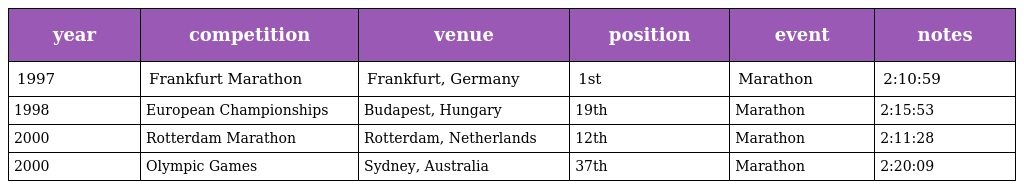
| year | competition | venue | position | event | notes |
 | --- | --- | --- | --- | --- | --- |
 | 1997 | Frankfurt Marathon | Frankfurt, Germany | 1st | Marathon | 2:10:59 |
 | 1998 | European Championships | Budapest, Hungary | 19th | Marathon | 2:15:53 |
 | 2000 | Rotterdam Marathon | Rotterdam, Netherlands | 12th | Marathon | 2:11:28 |
 | 2000 | Olympic Games | Sydney, Australia | 37th | Marathon | 2:20:09 |